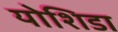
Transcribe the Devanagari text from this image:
योशिडा